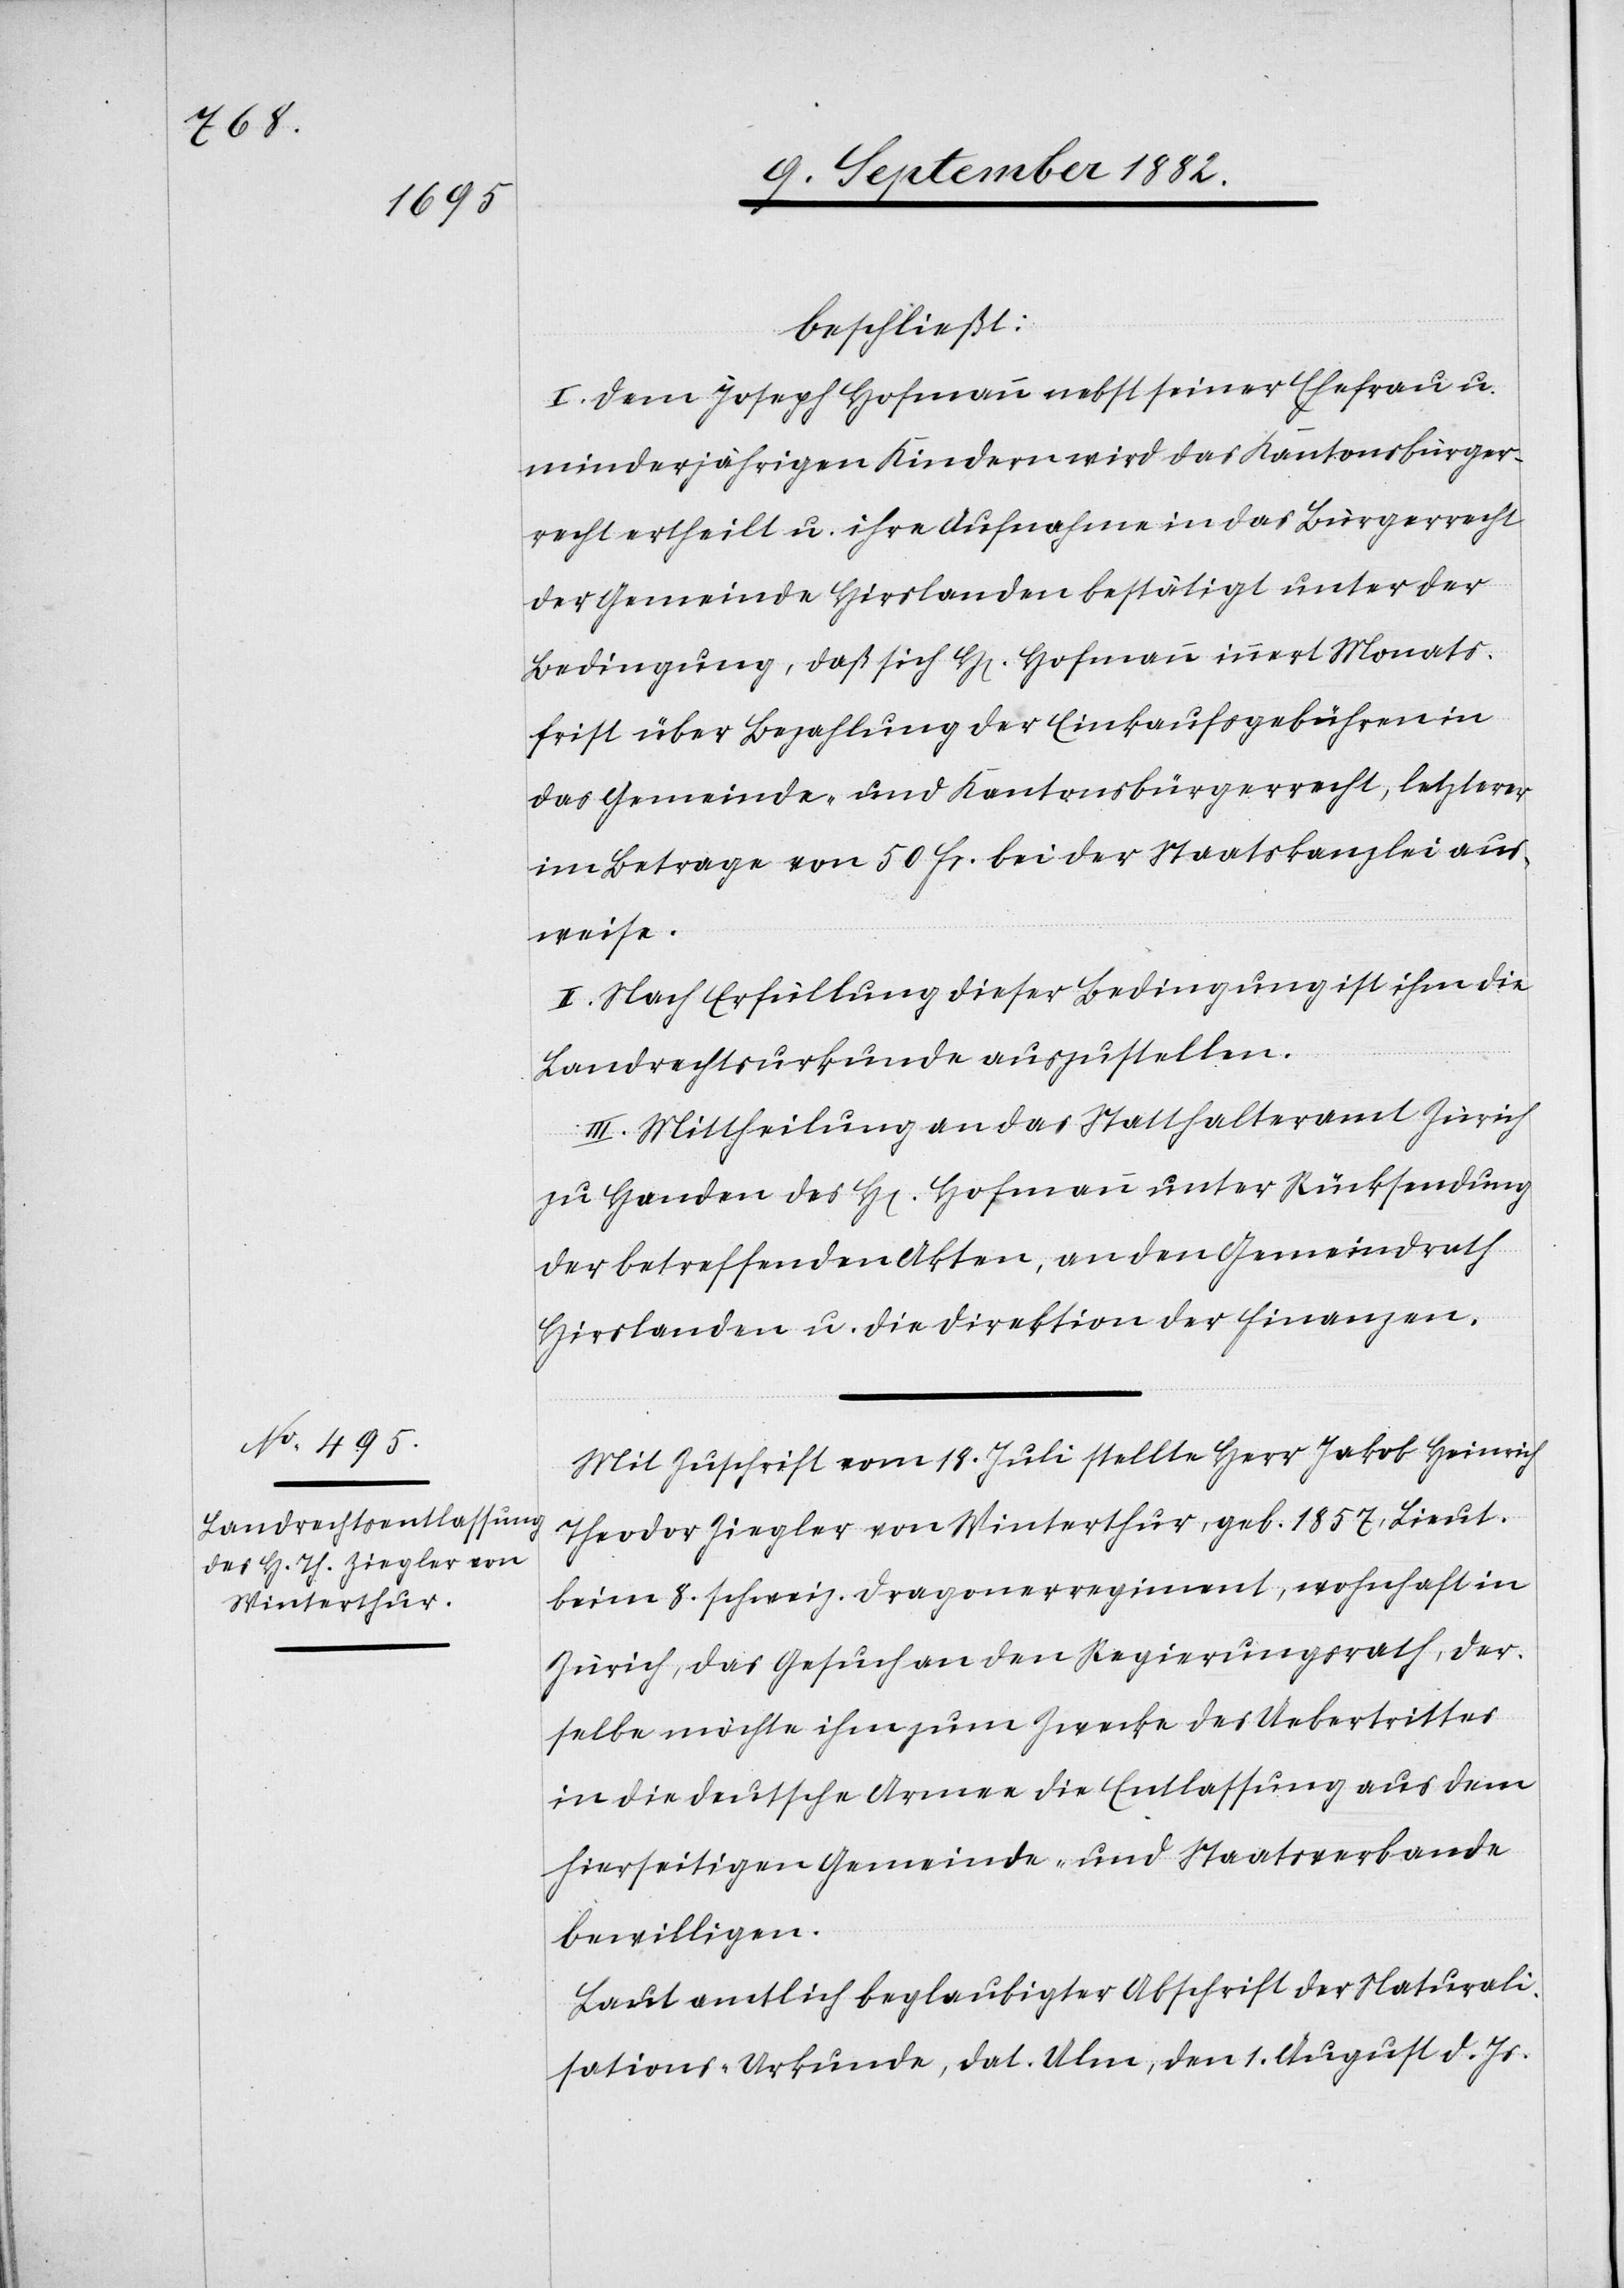
beschließt:
I. Dem Joseph Hofmann nebst seiner Ehefrau u.
minderjährigen Kinder wird das Kantonsbürger¬
recht ertheilt u. ihre Aufnahme in das Bürgerrecht
der Gemeinde Hirslanden bestätigt unter der
Bedingung, daß sich H[err] Hofmann innert Monats¬
frist über Bezahlung der Einkaufsgebühren in
das Gemeinde- und Kantonsbürgerrecht, letzterer
im Betrage von 50 Fr. bei der Staatskanzlei aus¬
weise.
II. Nach Erfüllung dieser Bedingung ist ihm die
Landrechtsurkunde auszustellen.
III. Mittheilung an das Statthalteramt Zürich
zu Handen des H[errn] Hofmann unter Rücksendung
der betreffenden Akten, an den Gemeindrath
Hirslanden u. die Direktion der Finanzen.
Mit Zuschrift vom 18. Juli stellte Herr Jakob Heinrich
Theodor Ziegler von Winterthur, geb. 1857, Lieut.
beim 8. schweiz. Dragonerregiment, wohnhaft in
Zürich, das Gesuch an den Regierungsrath, der¬
selbe möchte ihm zum Zwecke des Uebertrittes
in die deutsche Armee die Entlassung aus dem
hierseitigen Gemeinde- und Staatsverbande
bewilligen.
Laut amtlich beglaubigter Abschrift der Naturali¬
sations-Urkunde, dat. Ulm, den 1. August d. Js.